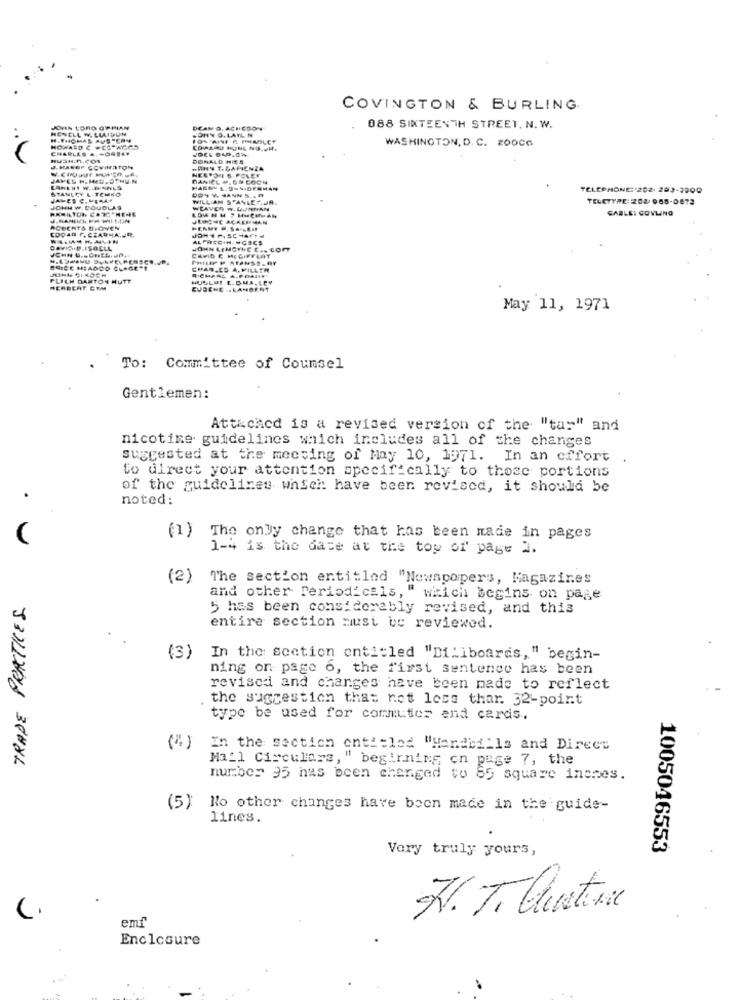
COVINGTON & BURLING
HOWELL W. LLIDUN
JOYIN LORO OF PIAN
SONY O. LATL N
DEAN O. ACHEDON'
088 SIXTEENTH STREET. N. W.
WASHINGTON, D. C. 200CG
CHARLES A. +ORTAF
HOWARD C WES AGES
.. V
HUSHIn.COL
DONALD HIES
J.HAREP COWINSTON
NESTOR 6. POLES
JAMES H. MED. OTHUN
STANLEY L.TEMKO
TELEPHONE: 202. 263-7900
JAMES C. MERAY
WILLIAM SEASLET.JH
TELETYPE: 2081 968-0672
JOHN W. DOUGLAS
LOW H H 7 HutMAN
WEAVER W.
CABLEI GOVLING
JRONE ACKERMAN
ROBERT& BIOVEN
COD49 F. CZARNAUR.
AL PRICEIN. NGSCS
JOHN LEMOINE E .. Com
JOHN U .. CHE .....
PHILIP P ATANSE-OF
CAVID E MEGIFFERT
BRICE HEADDO CLAGE"T
CHAR,C. A. FILLER
PLICH DARTON HUTT
RICHARL A.PORRET
HUSLUI L. BUA. LPY
HERBERT GTM
EUGENE .. LAMBERT
May 11, 1971
To: Committee of Counsel
Gentlemen:
Attached is a revised version of the "tar" and
nicotine guidelines which includes all of the changes
suggested at the meeting of May 10, 1971. In an effort .
to direct your attention specifically to those portions
of the guidelines which have been revised, it should be
noted:
(1) The only change that has been made in pages
1-4 is the date at the top of page 2.
(2)
The section entitled "Newspapers, Magazines
TRADE PRACTICES
and other Periodicals, " which begins on page
5 has been considerably revised, and this
entire section must be reviewed.
(3)
In the scetion entitled "Diliboards, " begin-
ning on page o, the first sentence has been
revised and changes have been made to reflect
the suggestion that not less than. 32-point
type be used for commuter and cards.
(4)
In the section ontitled "Handbills and Direct
Mail Circulare, " beginning on page 7, the
number 95 has been changed to 85 square inenes.
(5) No other changes have been made in the guide-
lines.
Very truly yours,
1005046553
emf
Enclosure